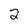
Character: 2